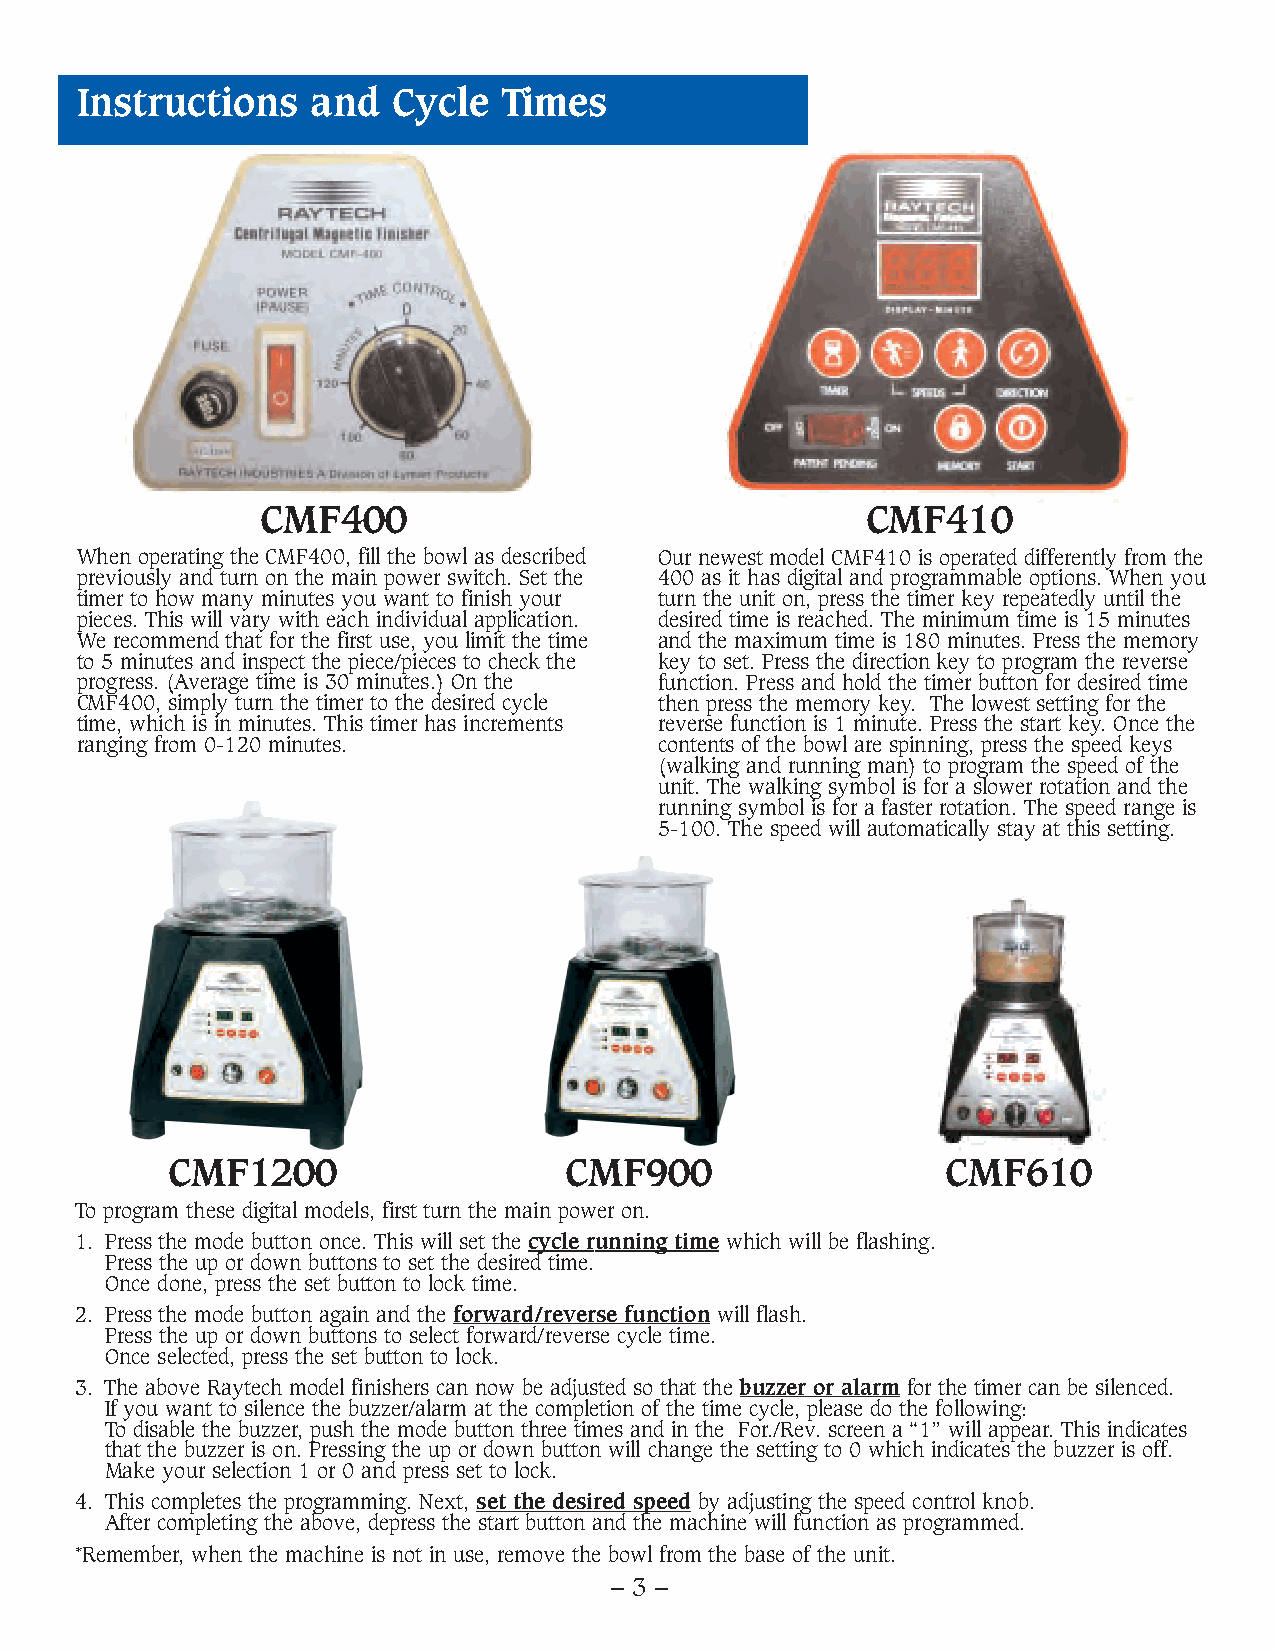
Instructions    and  Cycle  Times
 CMF400                                  CMF410
 When operating the CMF400, fill the bowl as described Our newest model CMF410 is operated differently from the
 previously and turn on the main power switch. Set the 400 as it has digital and programmable options. When you
 timer to how many minutes you want to finish your turn the unit on, press the timer key repeatedly until the
 pieces. This will vary with each individual application. desired time is reached. The minimum time is 15 minutes
 We recommend that for the first use, you limit the time and the maximum time is 180 minutes. Press the memory
 to 5 minutes and inspect the piece/pieces to check the key to set. Press the direction key to program the reverse
 progress. (Average time is 30 minutes.) On the function. Press and hold the timer button for desired time
 CMF400, simply turn the timer to the desired cycle then press the memory key. The lowest setting for the
 time, which is in minutes. This timer has increments reverse function is 1 minute. Press the start key. Once the
 ranging from 0-120 minutes.            contents of the bowl are spinning, press the speed keys
 (walking and running man) to program the speed of the
 unit. The walking symbol is for a slower rotation and the
 running symbol is for a faster rotation. The speed range is
 5-100. The speed will automatically stay at this setting.
 CMF1200                   CMF900                    CMF610
 To program these digital models, first turn the main power on.
 1. Press the mode button once. This will set the cycle running time which will be flashing.
 Press the up or down buttons to set the desired time.
 Once done, press the set button to lock time.
 2. Press the mode button again and the forward/reverse function will flash.
 Press the up or down buttons to select forward/reverse cycle time.
 Once selected, press the set button to lock.
 3. The above Raytech model finishers can now be adjusted so that the buzzer or alarm for the timer can be silenced.
 If you want to silence the buzzer/alarm at the completion of the time cycle, please do the following:
 To disable the buzzer, push the mode button three times and in the For./Rev. screen a “1” will appear. This indicates
 that the buzzer is on. Pressing the up or down button will change the setting to 0 which indicates the buzzer is off.
 Make your selection 1 or 0 and press set to lock.
 4. This completes the programming. Next, set the desired speed by adjusting the speed control knob.
 After completing the above, depress the start button and the machine will function as programmed.
 *Remember, when the machine is not in use, remove the bowl from the base of the unit.
 – 3 –